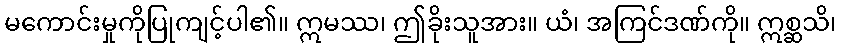
မကောင်းမှုကိုပြုကျင့်ပါ၏။ ဣမဿ၊ ဤခိုးသူအား။ ယံ၊ အကြင်ဒဏ်ကို။ ဣစ္ဆသိ၊